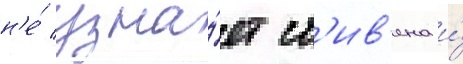
н'е́ узна́ет ст'ив'ена и́